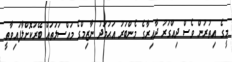
މީގެ އިތުރުން ވެސް ދިއްގަރު ދާއިރާގެ މެންބަރު އަޙުމަދު ނާޒިމްގެ މައްސަލަތައް ބޭރުކޮށްލާފައިވާތީ